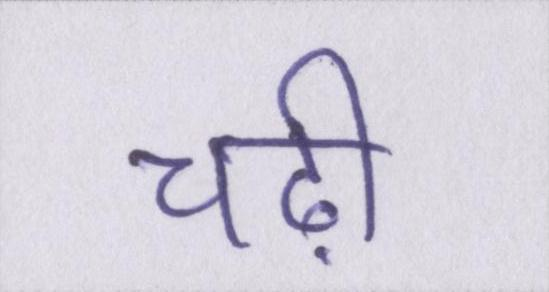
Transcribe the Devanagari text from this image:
चढ़ी